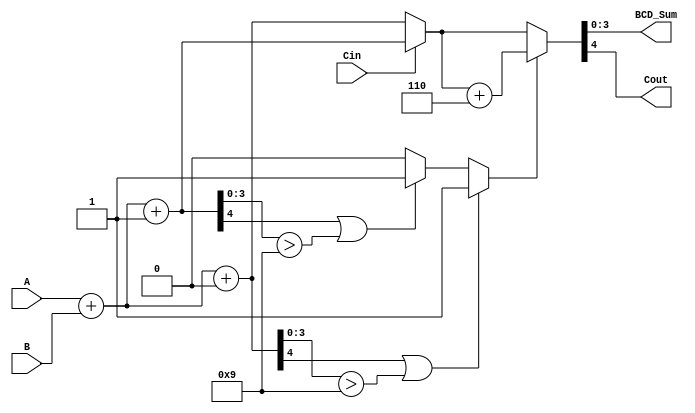
module BCD_CS_Adder(
    input wire [3:0] A,     // 4-bit BCD input A
    input wire [3:0] B,     // 4-bit BCD input B
    input wire Cin,         // Input carry
    output wire [3:0] BCD_Sum, // 4-bit BCD result
    output wire Cout        // Output carry
);

    wire [4:0] Sum0;       // Sum when Cin=0
    wire [4:0] Sum1;       // Sum when Cin=1
    wire [4:0] Final_Sum;  // Final sum after MUX selection
    wire Adjust_Sum;       // Adjustment flag for BCD correction

    // Binary addition assuming Cin = 0
    assign Sum0 = A + B + 1'b0; // 4-bit sum with Cin=0
    
    // Binary addition assuming Cin = 1
    assign Sum1 = A + B + 1'b1; // 4-bit sum with Cin=1

    // Determine if the sum exceeds 9 (1001 in binary)
    // Adjust flag is set if either of the sums exceeds BCD limit (greater than 9)
    assign Adjust_Sum = (Sum0[4] | (Sum0[3:0] > 4'b1001)) ? 1 : 
                        (Sum1[4] | (Sum1[3:0] > 4'b1001)) ? 1 : 0;

    // MUX to select between Sum0 and Sum1 based on Cin 
    assign Final_Sum = (Cin == 1'b0) ? Sum0 : Sum1;

    // BCD correction logic: if adjustment needed, add 6 (0110)
    wire [4:0] Corrected_Sum;
    
    assign Corrected_Sum = (Adjust_Sum) ? Final_Sum + 5'b00110 : Final_Sum;

    // Assign outputs
    assign BCD_Sum = Corrected_Sum[3:0]; // 4-bit BCD output
    assign Cout = Corrected_Sum[4];      // Carry-out

endmodule